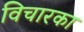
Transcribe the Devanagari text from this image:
विचारका